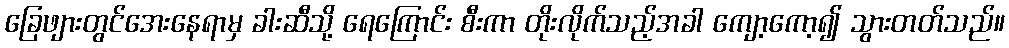
ခြေဖျားတွင်အေးနေရာမှ ခါးဆီသို့ ရေကြောင်း စီးကာ တိုးလိုက်သည့်အခါ ကျော့ကော့၍ သွားတတ်သည်။